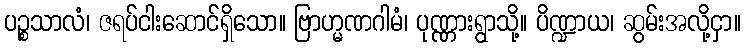
ပဉ္စသာလံ၊ ဇရပ်ငါးဆောင်ရှိသော။ ဗြာဟ္မဏဂါမံ၊ ပုဏ္ဏားရွာသို့။ ပိဏ္ဍာယ၊ ဆွမ်းအလို့ငှာ။